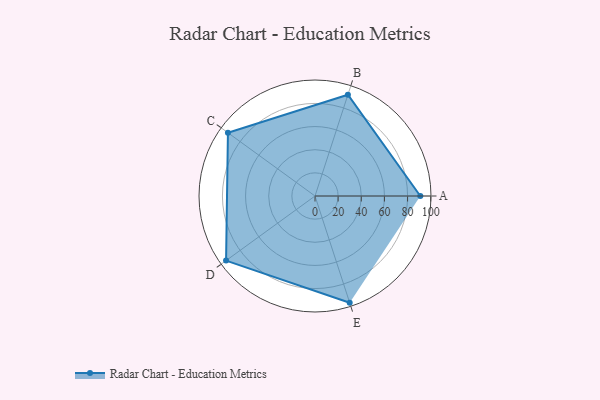
{"axis": {"x": "Skill", "y": "Score"}, "legend": ["Profile"], "data": [{"x": "A", "y": 91.0, "type": "Profile"}, {"x": "B", "y": 92.0, "type": "Profile"}, {"x": "C", "y": 93.0, "type": "Profile"}, {"x": "D", "y": 95.0, "type": "Profile"}, {"x": "E", "y": 97.0, "type": "Profile"}]}